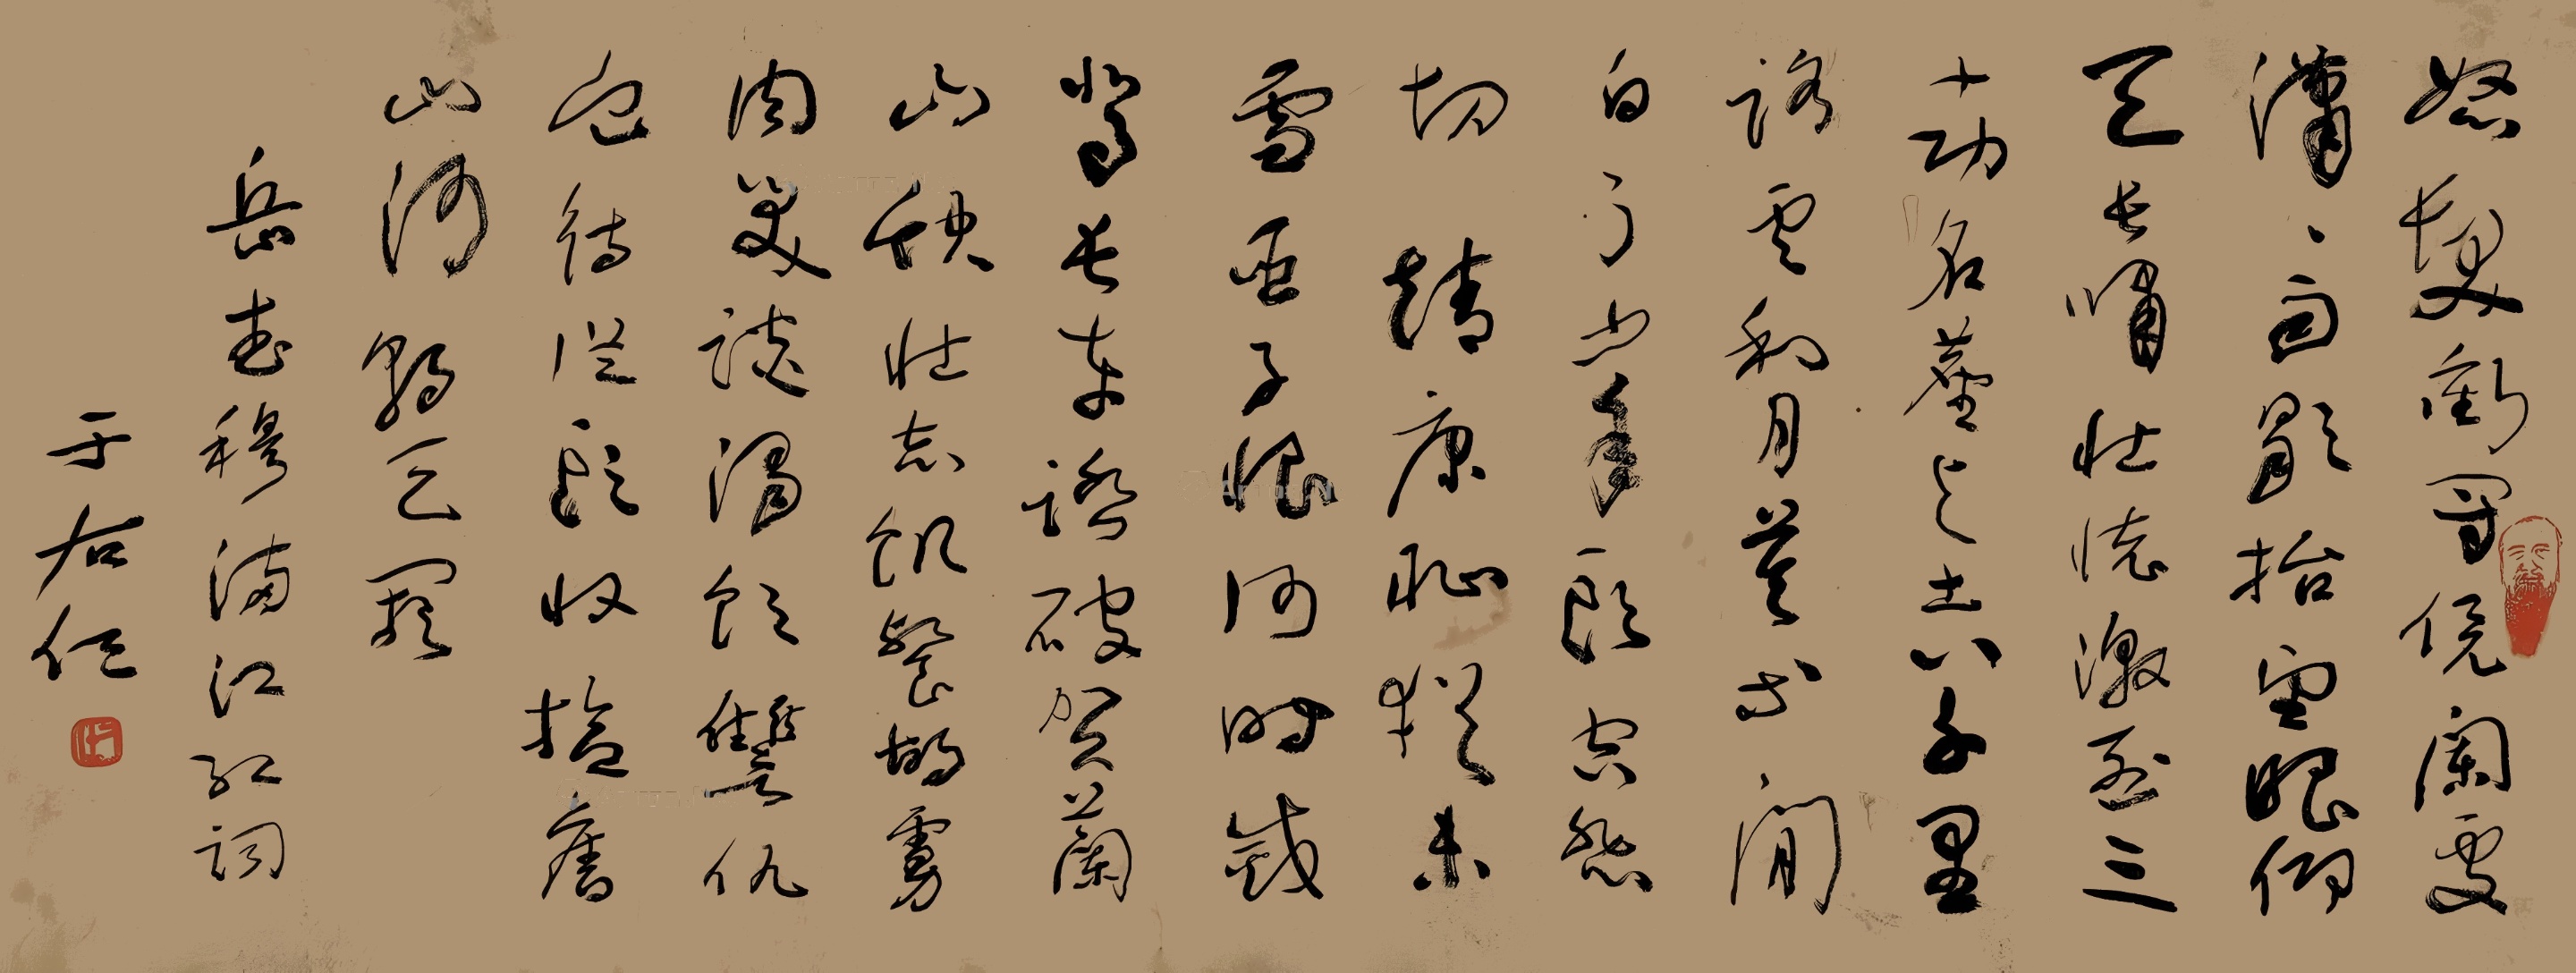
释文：怒发冲冠，凭栏处、潇潇雨歇。抬望眼，仰天长啸，壮怀激烈。三十功名尘与土，八千里路云和月。莫等闲、白了少年头，空悲切。靖康耻，犹未雪。臣子恨，何时灭。驾长车，踏破贺兰山缺。壮志饥餐胡虏肉，笑谈渴饮雠仇血。待从头、收拾旧山河，朝天阙。岳武穆《满江红》词，于右任。